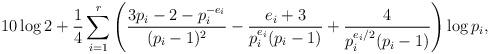
LaTeX: \begin{align*}10\log 2+ \dfrac{1}{4}\sum_{i=1}^r\left(\dfrac{3p_i-2-p_i^{-e_i}}{(p_i-1)^2}-\dfrac{e_i+3}{p_i^{e_i}(p_i-1)}+\dfrac{4}{p_i^{e_i/2}(p_i-1)}\right)\log p_i,\end{align*}